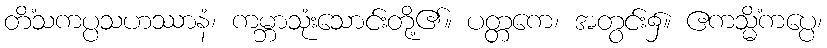
တိံသကပ္ပသဟဿာနံ၊ ကမ္ဘာသုံးသောင်းတို့၏။ ပတ္တကေ၊ အတွင်း၌။ ဧကသ္မိံကပ္ပေ၊